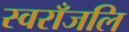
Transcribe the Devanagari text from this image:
स्वराँजलि